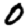
Digit: 0